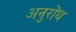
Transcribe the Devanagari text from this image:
अनुरॊध